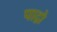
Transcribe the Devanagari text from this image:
पाद्रो